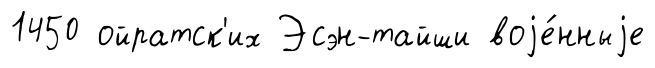
1450 ойратск'их Эсэн-тайши воjе́нныjе